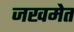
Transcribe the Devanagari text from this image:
जखमेत